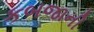
કબજાની